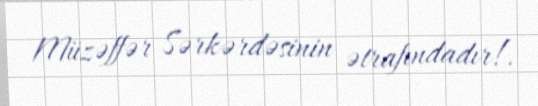
Müzəffər Sərkərdəsinin ətrafındadır!.